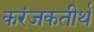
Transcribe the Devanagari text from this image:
करंजकतीर्थ